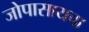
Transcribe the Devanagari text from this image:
जोपासायचा